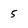
Character: 5